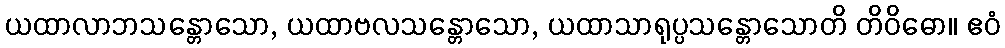
ယထာလာဘသန္တောသော, ယထာဗလသန္တောသော, ယထာသာရုပ္ပသန္တောသောတိ တိဝိဓော။ ဧဝံ